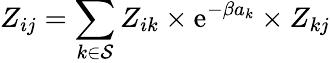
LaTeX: Z_{ij}=\sum_{k\in\mathcal{S}}Z_{ik}\times\textrm{e}^{-\beta a_{k}}\times Z_{kj}